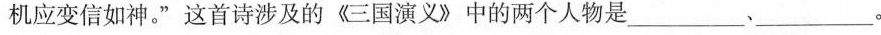
机应变信如神。”这首诗涉及的《三国演义》中的两个人物是___、___。